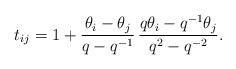
LaTeX: \begin{align*}t_{ij} & = 1 + \frac{\theta_i - \theta_j}{q-q^{-1}}\,\frac{ q \theta_i - q^{-1} \theta_j}{q^2-q^{-2}}.\end{align*}